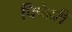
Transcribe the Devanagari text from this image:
पिपेहरी